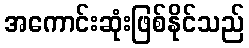
အကောင်းဆုံးဖြစ်နိုင်သည်